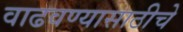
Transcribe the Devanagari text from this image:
वाढवण्यासाठीचे